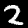
Label: 2